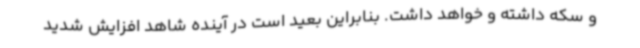
و سکه داشته و خواهد داشت. بنابراین بعید است در آینده شاهد افزایش شدید